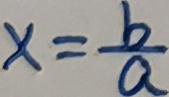
x = \frac { b } { a }